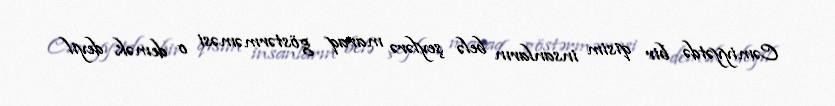
Cəmiyyətdə bir qisim insanların belə şeylərə maraq göstərməməsi o demək deyil